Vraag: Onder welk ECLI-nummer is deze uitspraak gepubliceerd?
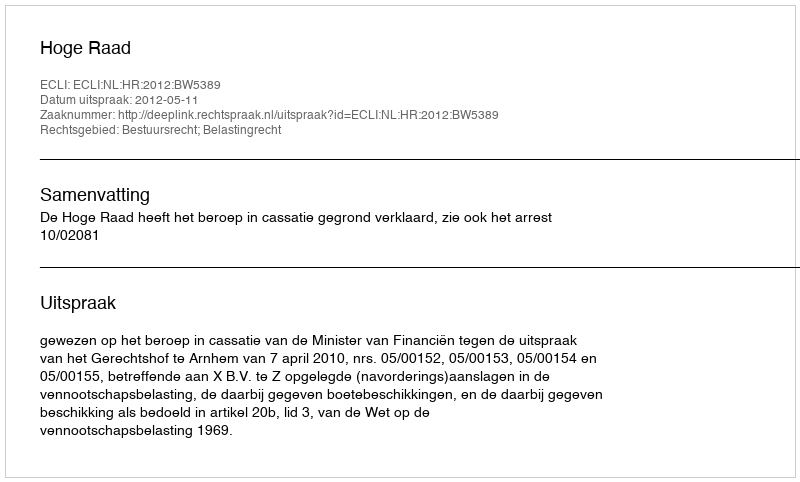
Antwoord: ECLI:NL:HR:2012:BW5389